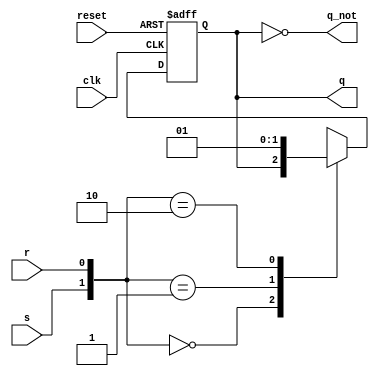
module sr_ff ( 
	input clk, 
	input reset, 
	input s, 
	input r, 
	output reg q, 
	output q_not
	);  
  
    always @ (posedge clk or negedge reset)  begin
      if (!reset)
		q <= 1'b0;
	  else begin
		case ({s,r})  
			2'b00 :  q <= q;  
			2'b01 :  q <= 0;  
			2'b10 :  q <= 1;  
			2'b11 :  q <= 1'bX;  
       		endcase 
	  end
	end
	
assign q_not = ~q;
	
endmodule  

`timescale 1us/1ns
module sr_ff_tb();

    	reg s; reg r;
	reg clk = 0;
	reg reset;
	wire q;
    	wire q_not;
	reg [1:0] delay;
    	integer i;
	
	// Instantiate the DUT
	sr_ff SRFF0( .clk(clk), .reset(reset), .s(s), .r(r), .q(q), .q_not(q_not));
	
	// Create the clk signal
	always begin
	    #0.5 clk = ~clk;
	end
	
   	// Create stimulus	  
    	initial begin
		reset = 0; s = 0; r = 0;
		#1;	reset = 1;
		#1; s = 0; r = 1;
		#1; s = 1; r = 0;
		#1; s = 1; r = 1;
		#1; s = 0; r = 0;
		#1; s = 1; r = 0;
	    #(1.2); reset = 0; // reset the FF again		
	end
	
    	// This will stop the simulator when the time expires
    	initial begin
    	    #10 $stop;
   	end  
endmodule